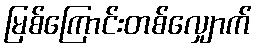
မြစ်ကြောင်းတစ်လျှောက်